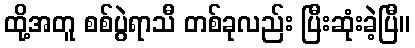
ထို့အတူ စစ်ပွဲရာသီ တစ်ခုလည်း ပြီးဆုံးခဲ့ပြီ။